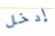
إدخل